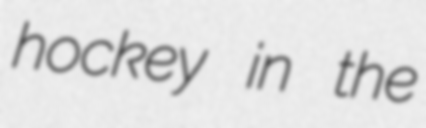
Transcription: hockey in the